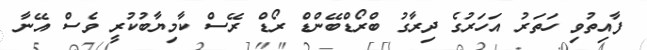
ފާއިތުވި ހަތަރު އަހަރުގެ ދިރާގު ބްރޯޑްބޭންޑް ރޯޑް ރޭސް ކާމިޔާބުކުރީ ވެސް އޭނާ